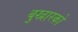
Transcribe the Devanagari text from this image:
बुखारको